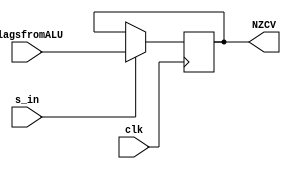
module flags (
    input clk,
    input s_in,
    input [3:0] flagsfromALU,
    output reg [3:0] NZCV
);

	always@(posedge clk) begin
		if(s_in == 1) begin
			NZCV <= flagsfromALU;
		end
	end

endmodule